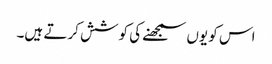
اس کو یوں سمجھنے کی کوشش کرتے ہیں۔